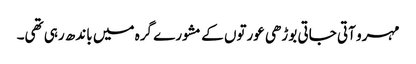
مہرو آتی جاتی بوڑھی عورتوں کے مشورے گرہ میں باندھ رہی تھی۔